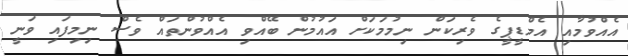
އެއްވުމާއި އެމްޑީޕީގެ ވެރިކަން ނިމުމަކަށް އައުމުން ބޭއްވި އެއްވުންތައް ވެސް ނިމިފައި ވަނީ